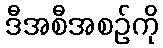
ဒီအစီအစဉ်ကို